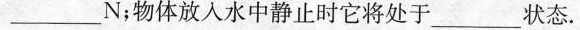
___N；物体放入水中静止时它将处于___状态。